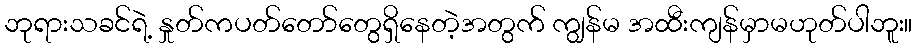
ဘုရားသခင်ရဲ့ နှုတ်ကပတ်တော်တွေရှိနေတဲ့အတွက် ကျွန်မ အထီးကျန်မှာမဟုတ်ပါဘူး။